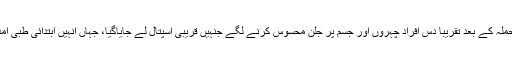
اس تیزاب حملہ کے بعد تقریباً دس افراد چہروں اور جسم پر جلن محسوس کرنے لگے جنہیں قریبی اسپتال لے جایاگیا، جہاں انہیں ابتدائی طبی امداد دی گئی۔